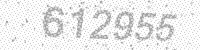
Solution: 612955